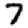
Digit: 7